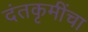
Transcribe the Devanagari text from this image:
दंतकृमींचा